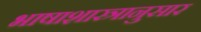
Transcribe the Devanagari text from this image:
भाषाशास्त्रानुसार